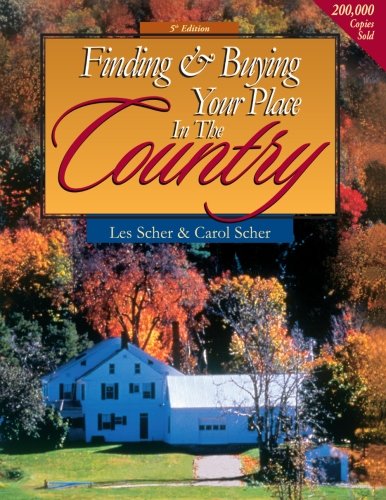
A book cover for Finding & Buying Your Place in the Country; Les & Carol Scher; Business & Money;